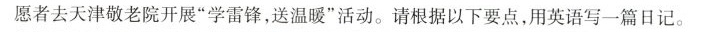
愿者去天津敬老院开展”学雷锋，送温暖”活动。请根据以下要点，用英语写一篇日记。